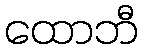
ထောဘီ